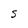
Character: S